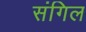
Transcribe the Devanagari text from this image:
संगिल